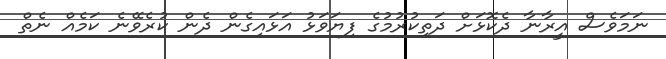
ނަމަވެސް އީރާނާ ދެކޮޅަށް ދަތިކުރުމުގެ ފިޔަވަޅު އަޅައިގެން ދެން ކުރެވޭނެ ކަމެއް ނެތް